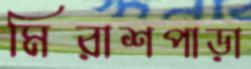
মিরাশপাড়া